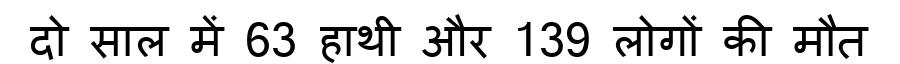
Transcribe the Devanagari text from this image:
दो साल में 63 हाथी और 139 लोगों की मौत